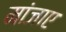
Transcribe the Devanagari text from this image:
मांजाए